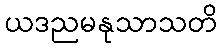
ယဒညမနုသာသတိ